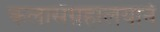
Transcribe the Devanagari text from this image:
कलासंग्रहालयाने